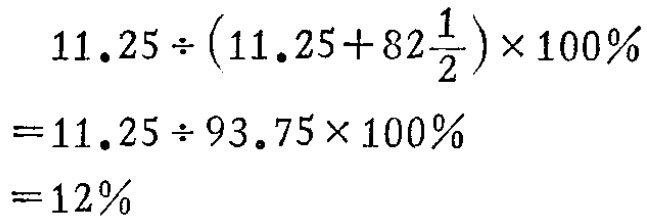
\[

\begin{align*}

&11.25\div\left(11.25 + 82\frac{1}{2}\right)\times100\%\\

=&11.25\div93.75\times100\%\\

=&12\%

\end{align*}

\]